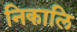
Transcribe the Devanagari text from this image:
निकालि